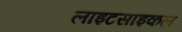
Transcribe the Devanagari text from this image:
लाइटसाइकल